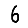
Digit: 6